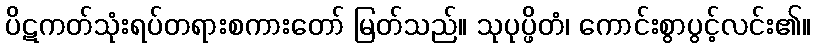
ပိဋကတ်သုံးရပ်တရားစကားတော် မြတ်သည်။ သုပုပ္ဖိတံ၊ ကောင်းစွာပွင့်လင်း၏။